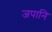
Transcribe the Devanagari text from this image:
जपानि